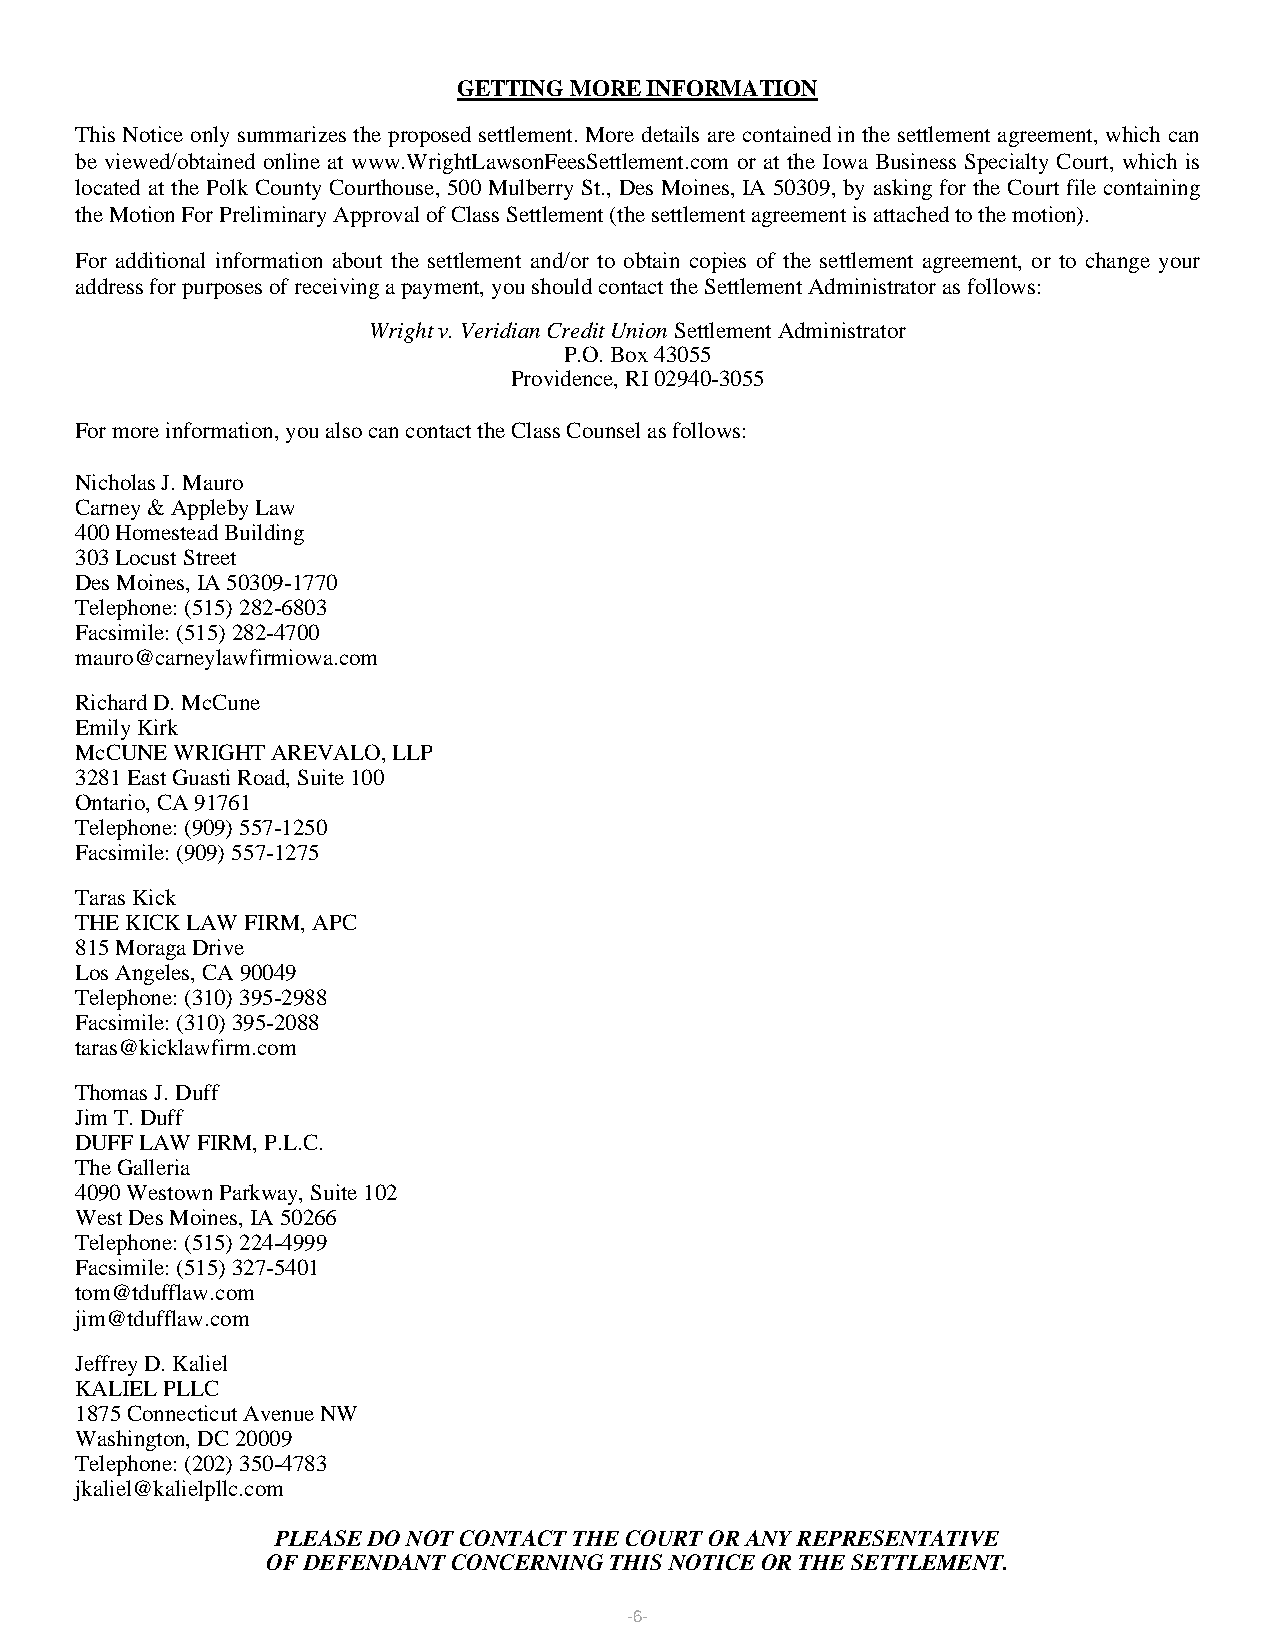
GETTING MORE INFORMATION
 This Notice only summarizes the proposed settlement. More details are contained in the settlement agreement, which can
 be viewed/obtained online at www.WrightLawsonFeesSettlement.com or at the Iowa Business Specialty Court, which is
 located at the Polk County Courthouse, 500 Mulberry St., Des Moines, IA 50309, by asking for the Court file containing
 the Motion For Preliminary Approval of Class Settlement (the settlement agreement is attached to the motion).
 For additional information about the settlement and/or to obtain copies of the settlement agreement, or to change your
 address for purposes of receiving a payment, you should contact the Settlement Administrator as follows:
 Wright v. Veridian Credit Union Settlement Administrator
 P.O. Box 43055
 Providence, RI 02940-3055
 For more information, you also can contact the Class Counsel as follows:
 Nicholas J. Mauro
 Carney & Appleby Law
 400 Homestead Building
 303 Locust Street
 Des Moines, IA 50309-1770
 Telephone: (515) 282-6803
 Facsimile: (515) 282-4700
 mauro@carneylawfirmiowa.com
 Richard D. McCune
 Emily Kirk
 McCUNE WRIGHT AREVALO, LLP
 3281 East Guasti Road, Suite 100
 Ontario, CA 91761
 Telephone: (909) 557-1250
 Facsimile: (909) 557-1275
 Taras Kick
 THE KICK LAW FIRM, APC
 815 Moraga Drive
 Los Angeles, CA 90049
 Telephone: (310) 395-2988
 Facsimile: (310) 395-2088
 taras@kicklawfirm.com
 Thomas J. Duff
 Jim T. Duff
 DUFF LAW FIRM, P.L.C.
 The Galleria
 4090 Westown Parkway, Suite 102
 West Des Moines, IA 50266
 Telephone: (515) 224-4999
 Facsimile: (515) 327-5401
 tom@tdufflaw.com
 jim@tdufflaw.com
 Jeffrey D. Kaliel
 KALIEL PLLC
 1875 Connecticut Avenue NW
 Washington, DC 20009
 Telephone: (202) 350-4783
 jkaliel@kalielpllc.com
 PLEASE DO NOT CONTACT THE COURT OR ANY REPRESENTATIVE
 OF DEFENDANT CONCERNING THIS NOTICE OR THE SETTLEMENT.
 -6-